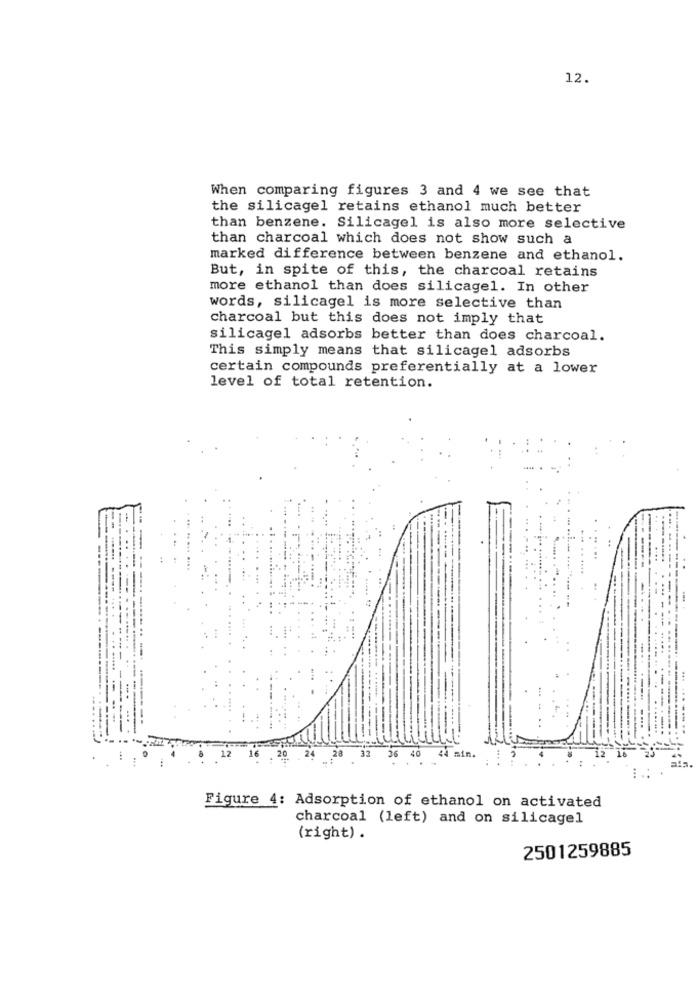
12.
When comparing figures 3 and 4 we see that
the silicagel retains ethanol much better
than benzene. Silicagel is also more selective
than charcoal which does not show such a
marked difference between benzene and ethanol.
But, in spite of this, the charcoal retains
more ethanol than does silicagel. In other
words, silicagel is more selective than
charcoal but this does not imply that
silicagel adsorbs better than does charcoal.
This simply means that silicagel adsorbs
certain compounds preferentially at a lower
level of total retention.
----
---------
---------------
- -
28
32
.
12
16
20
24 2
36 40
44 min.
Figure 4: Adsorption of ethanol on activated
charcoal (left) and on silicagel
(right) .
2501259885